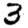
Digit: 3